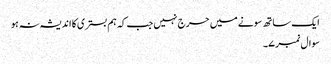
ایک ساتھ سونے میں حرج نہیں جب کہ ہم بستری کا اندیشہ نہ ہو
سوال نمبر ۷۔